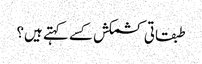
طبقاتی کشمکش کسے کہتے ہیں؟